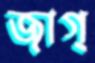
জাগ্‌